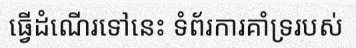
ធ្វើដំណើរទៅនេះ ទំព័រការគាំទ្ររបស់